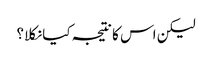
لیکن اس کا نتیجہ کیا نکلا؟